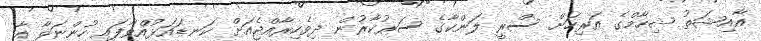
އާއިޝަތު ޝިހާމްގެ އަރިހަށް ސްރީ ލަންކާގެ ސަރުކާރުން ދިވެހިރާއްޖެއަށް ކަނޑައަޅުއްވާފައި ހުންނަވާ އާ